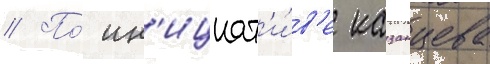
// По́ ин'ициат'и́в'е казанцева